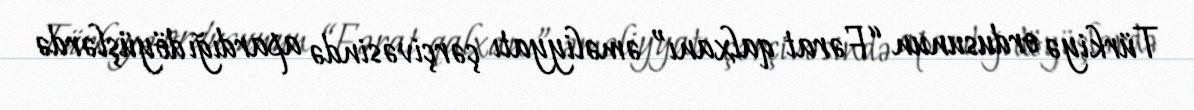
Türkiyə ordusunun “Fərat qalxanı” əməliyyatı çərçivəsində apardığı döyüşlərdə